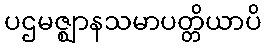
ပဌမဇ္ဈာနသမာပတ္တိယာပိ